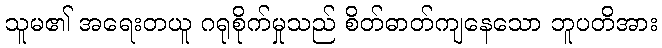
သူမ၏ အရေးတယူ ဂရုစိုက်မှုသည် စိတ်ဓာတ်ကျနေသော ဘူပတိအား